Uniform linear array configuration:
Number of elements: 24
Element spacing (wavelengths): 1
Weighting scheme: exponential
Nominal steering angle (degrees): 0
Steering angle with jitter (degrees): -0.3681
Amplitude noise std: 0.05
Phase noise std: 0.05

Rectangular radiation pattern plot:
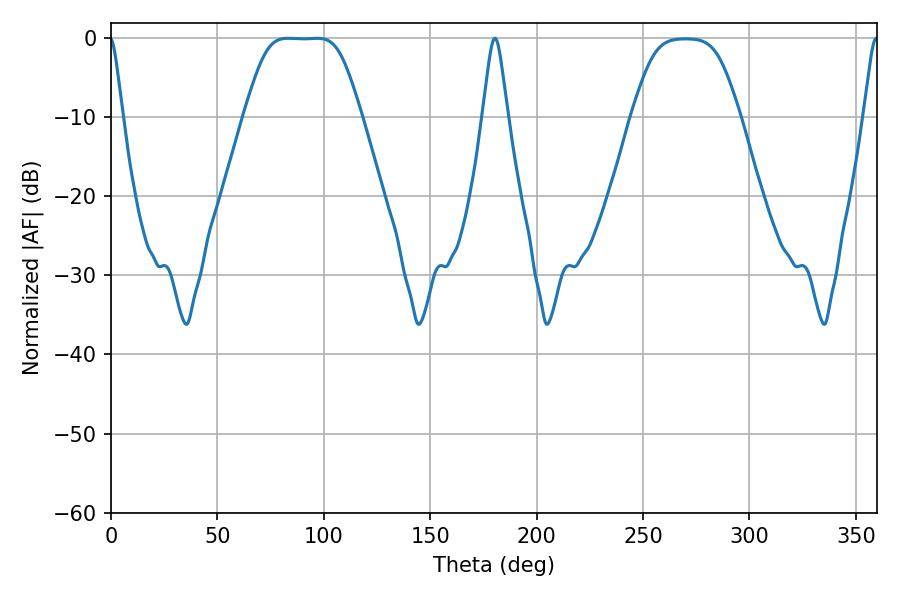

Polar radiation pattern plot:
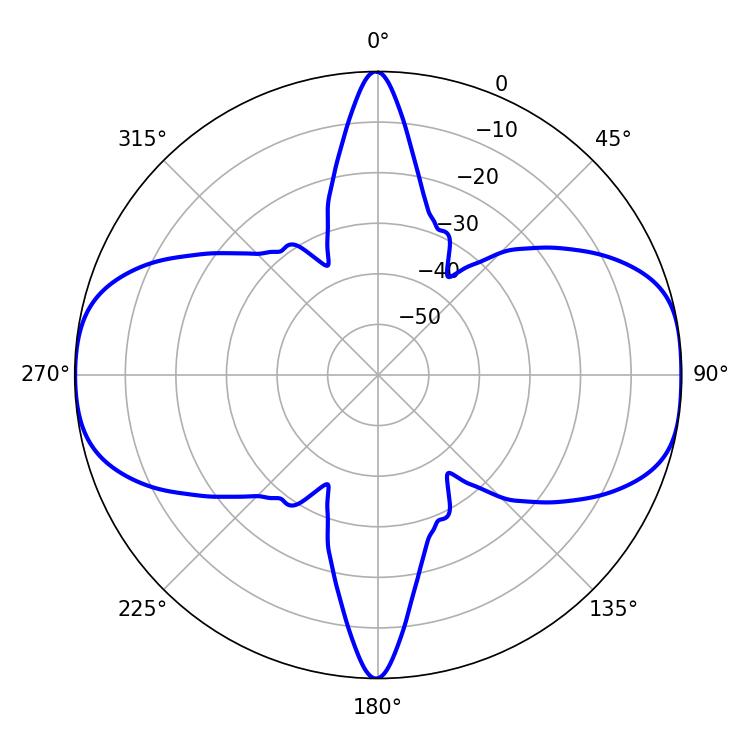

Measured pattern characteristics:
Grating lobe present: TRUE
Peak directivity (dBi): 13.064
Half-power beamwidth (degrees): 38.88
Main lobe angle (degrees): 83.16